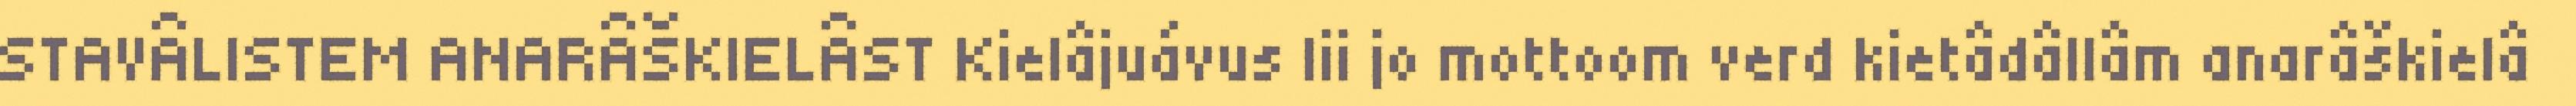
STAVÂLISTEM ANARÂŠKIELÂST Kielâjuávus lii jo mottoom verd kietâdâllâm anarâškielâ